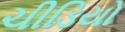
ચીડિયો